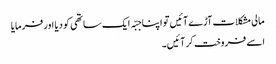
مالی مشکلات آڑے آئیں تو اپنا جبّہ ایک ساتھی کو دیا اور فرمایا
اسے فروخت کر آئیں۔